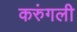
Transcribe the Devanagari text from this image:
करुंगली